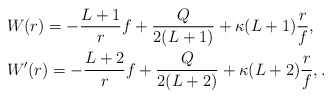
\begin{align*} &W(r) = - \frac{L+1}{r}f + \frac{Q}{2(L+1)} + \kappa(L+1) \frac{r}{f}, \\ &W'(r) = - \frac{L+2}{r}f + \frac{Q}{2(L+2)} + \kappa(L+2) \frac{r}{f},. \end{align*}